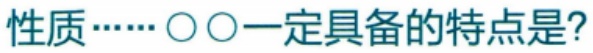
性质……〇〇一定具备的特点是?